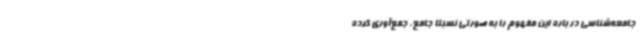
جامعه‌شناسی در باره این مفهوم را به صورتی نسبتا جامع، جمع‌آوری کرده